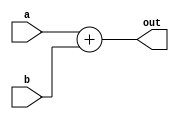
`timescale 1ns / 1ps
//////////////////////////////////////////////////////////////////////////////////
// Company: 
// Engineer: 
// 
// Design Name: 
// Module Name: adder32
// Project Name: 
// Target Devices: 
// Tool Versions: 
// Description: 
// 
// Dependencies: 
// 
// Revision:
// Revision 0.01 - File Created
// Additional Comments:
// 
//////////////////////////////////////////////////////////////////////////////////


module adder32(a,b,out);
    input [31:0] a, b;
    output reg [31:0] out;
    
    always @ (*)
        out = a + b;
endmodule